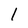
Character: 1